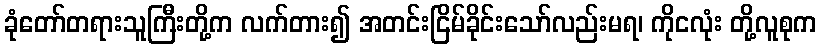
ခုံတော်တရားသူကြီးတို့က လက်တား၍ အတင်းငြိမ်ခိုင်းသော်လည်းမရ၊ ကိုငလုံး တို့လူစုက